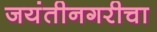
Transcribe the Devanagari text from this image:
जयंतीनगरीचा